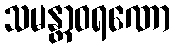
သမန္တာဝရဏော